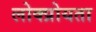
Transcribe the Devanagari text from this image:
लोक्प्रोयता